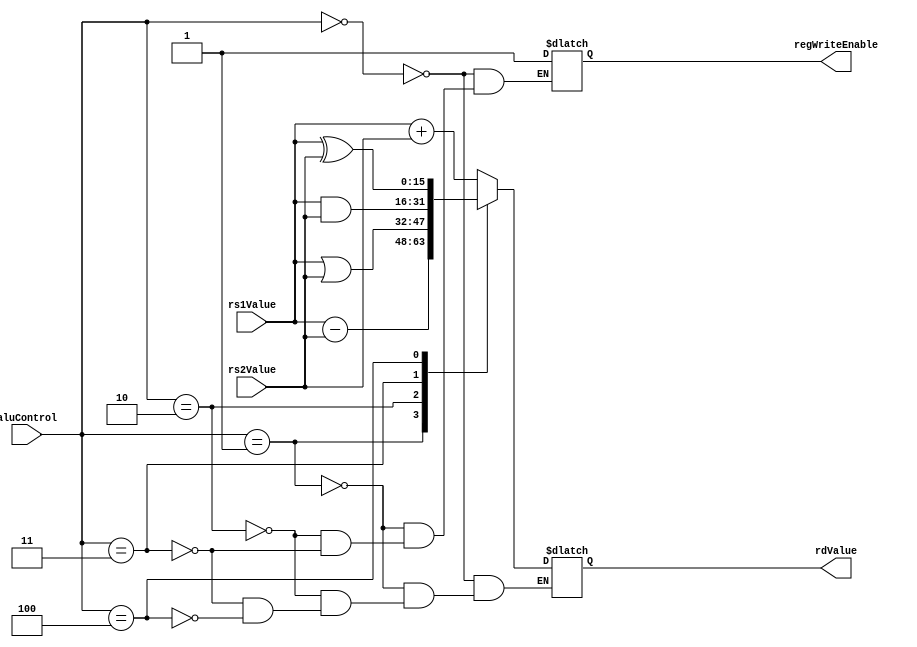
`timescale 1ns / 1ps
module ALU(input [2:0] aluControl,
           input [15:0] rs1Value,
           input [15:0] rs2Value,
           output reg regWriteEnable,
           output reg [15:0] rdValue);

always@(*)
    case(aluControl) 
        3'b000 : begin //add
                rdValue = rs1Value + rs2Value;
                regWriteEnable = 1'b1;
                end
        3'b001 : begin //sub
                rdValue = rs1Value - rs2Value;
                regWriteEnable = 1'b1;
                end
        3'b010 : begin //or
                rdValue = rs1Value | rs2Value;
                regWriteEnable = 1'b1;
                end
        3'b011 : begin //and
                rdValue = rs1Value & rs2Value;
                regWriteEnable = 1'b1;
                end
        3'b100 : begin //xor
                 rdValue = rs1Value ^ rs2Value;
                 end
    endcase
           
endmodule